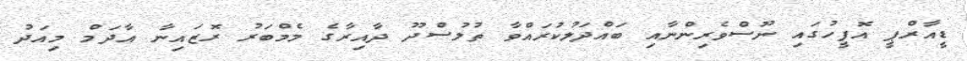
ޑީއާރްޕީ އޮފީހުގައި ނޫސްވެރިންނާއި ބައްދަލުކުރައްވާ ތުލުސްދޫ ދާއިރާގެ މެމްބަރު ރޮޒައިނާ އާދަމް މިއަދު